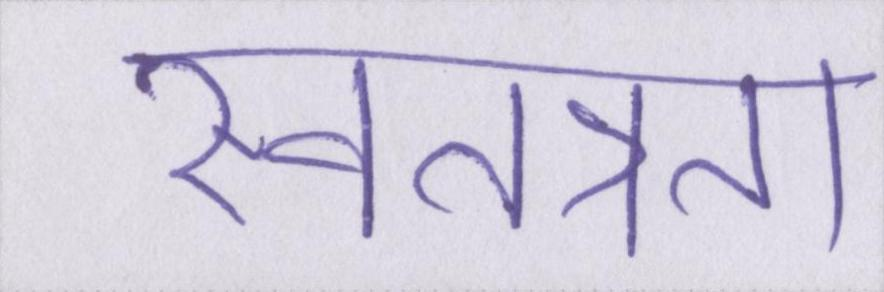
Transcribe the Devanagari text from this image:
स्वतत्रता